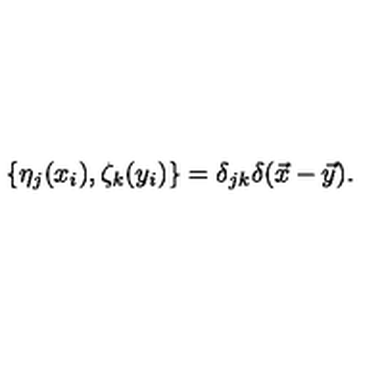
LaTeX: \{ \eta _ { j } ( x _ { i } ) , \zeta _ { k } ( y _ { i } ) \} = \delta _ { j k } \delta ( \vec { x } - \vec { y } ) .